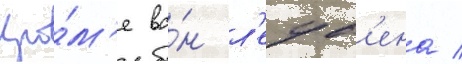
Кро́м'е ва́н л'еув'ена /